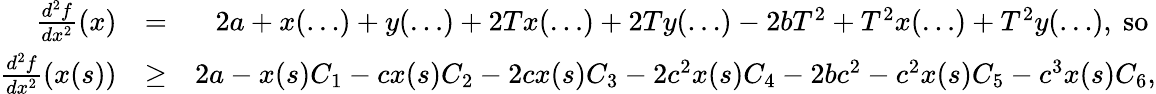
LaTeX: \begin{array}{rlr}{\frac{d^{2}f}{dx^{2}}(x)}&{=}&{2a+x(\ldots)+y(\ldots)+2Tx(\ldots)+2Ty(\ldots)-2bT^{2}+T^{2}x(\dots)+T^{2}y(\ldots),\mathrm{~so~}}\\ {\frac{d^{2}f}{dx^{2}}(x(s))}&{\geq}&{2a-x(s)C_{1}-cx(s)C_{2}-2cx(s)C_{3}-2c^{2}x(s)C_{4}-2bc^{2}-c^{2}x(s)C_{5}-c^{3}x(s)C_{6},}\end{array}